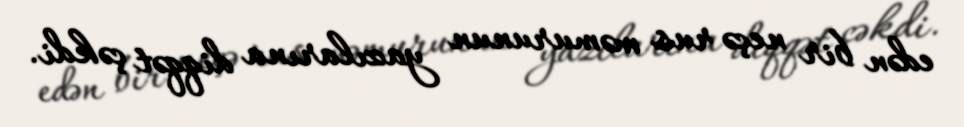
edən bir neçə rus məmurunun yazılarına diqqət çəkdi.